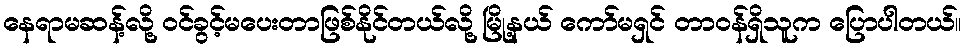
နေရာမဆန့်လို့ ဝင်ခွင့်မပေးတာဖြစ်နိုင်တယ်လို့ မြို့နယ် ကော်မရှင် တာဝန်ရှိသူက ပြောပါတယ်။